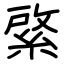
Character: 綮